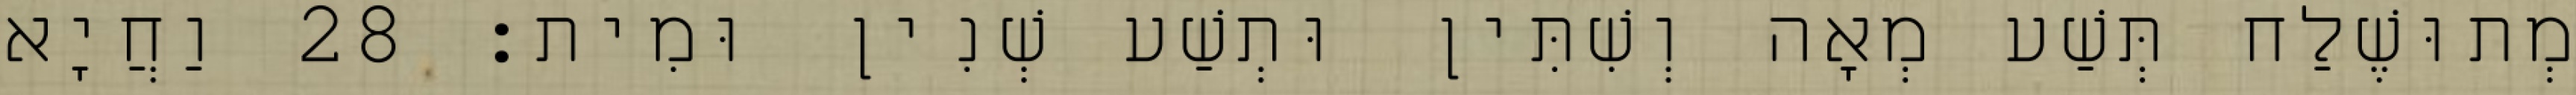
מְתוּשֶׁלַח תְּשַׁע מְאָה וְשִׁתִּין וּתְשַׁע שְׁנִין וּמִית׃ 28 וַחֲיָא